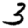
Digit: 3